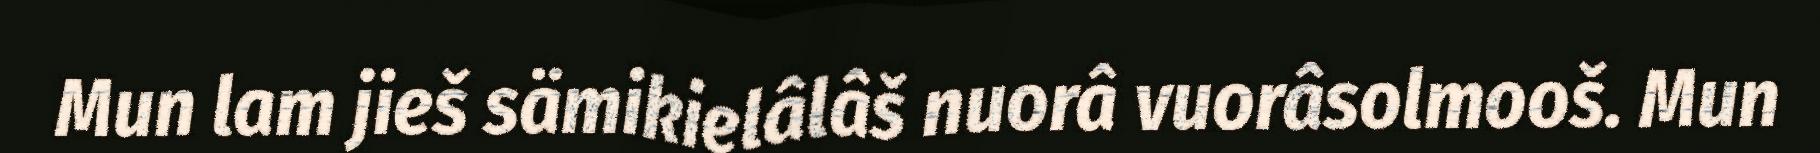
Mun lam jieš sämikielâlâš nuorâ vuorâsolmooš. Mun